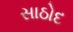
સાઠોદ